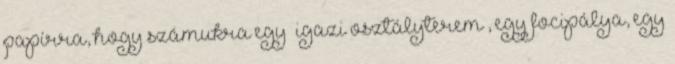
papírra, hogy számukra egy „igazi osztályterem”, egy focipálya, egy